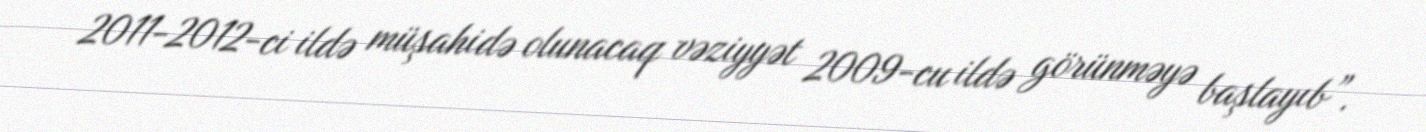
2011-2012-ci ildə müşahidə olunacaq vəziyyət 2009-cu ildə görünməyə başlayıb”.